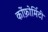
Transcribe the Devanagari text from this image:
कोंफ़ोर्मिटी